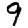
Digit: 9